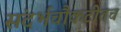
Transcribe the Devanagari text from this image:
संदर्भचौकटीतच